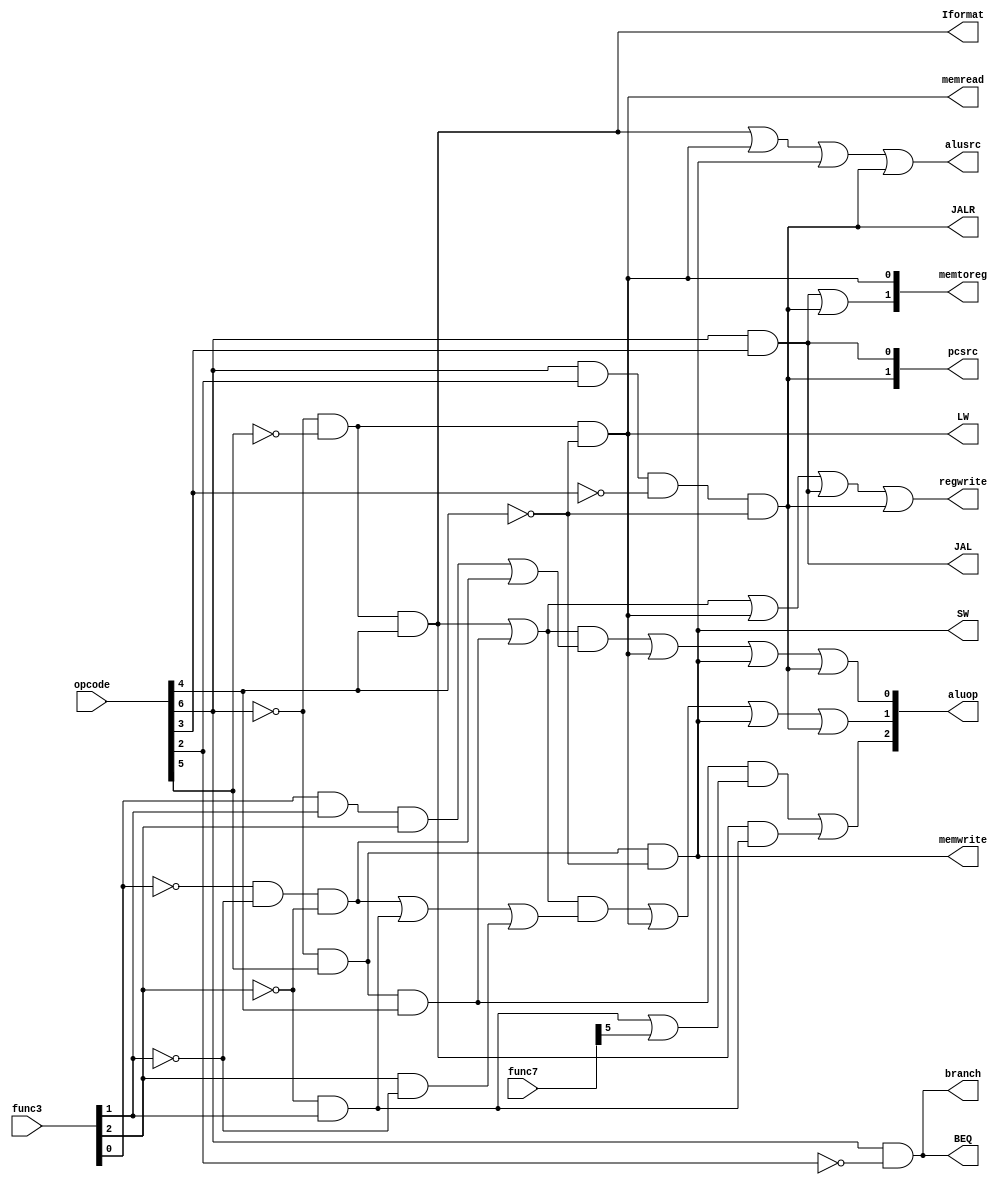
module ControlUnit(aluop, alusrc, pcsrc, memtoreg, regwrite ,memread, memwrite, branch, Iformat, LW, SW, BEQ, JAL, JALR, opcode, func3, func7);
  input [6:0] opcode, func7; 
  input [2:0] func3;
  output [2:0] aluop;
  output [1:0] memtoreg, pcsrc;
  output alusrc, regwrite, memread, memwrite, branch, Iformat, LW, SW, BEQ, JAL, JALR;	
  wire Rformat;  	
assign #2 SW=~opcode[6]&opcode[5]&~opcode[4];
assign #2 LW=~opcode[6]&~opcode[5]&~opcode[4];
assign #2 Rformat=~opcode[6]&opcode[5]&opcode[4];
assign #2 Iformat=~opcode[6]&~opcode[5]&opcode[4];

assign #2 BEQ=opcode[6]&~opcode[2];
assign #2 JAL=opcode[6]&opcode[3];
assign #2 JALR=opcode[6]&opcode[2]&~opcode[3]&~opcode[4];

assign #4 alusrc=Iformat|LW|SW|JALR;

assign  #2pcsrc[1]=JALR;
assign  #2pcsrc[0]=JAL;

assign #4 memtoreg[1]=JAL|JALR;
assign #2 memtoreg[0]=LW;

assign #4 regwrite=Iformat|Rformat|LW|JAL|JALR;

assign #2 memread=LW;
assign #2 memwrite=SW;

assign #2 branch=BEQ;

assign #4 aluop[2]=Rformat&((~func3[2]&func3[1])|func7[5])|Iformat&(~func3[2]&func3[1]);
assign #4 aluop[1]=(Rformat|Iformat)&(~func3[0]&~func3[1]&~func3[2]|~func3[2]&func3[1]|func3[2]&~func3[1])|LW|SW|JALR;
assign #4 aluop[0]= (Rformat|Iformat) & (func3[0]&func3[1]&func3[2]|~func3[0]&~func3[1]&~func3[2]) | LW | SW | JALR;


endmodule